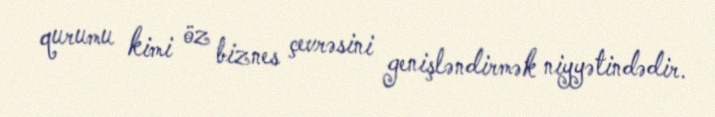
qurumu kimi öz biznes çevrəsini genişləndirmək niyyətindədir.